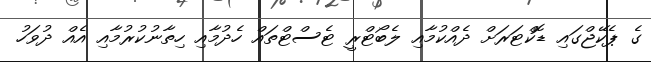
ގެ ޕެކޭޖްގައި ޑޮކްޓަރަށް ދެއްކުމާއި ލެބޯޓްރީ ޓެސްޓްތައް ހެދުމާއި ހިތާނުކުރުމާއި އެއް ދުވަހު